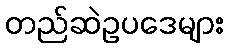
တည်ဆဲဥပဒေများ